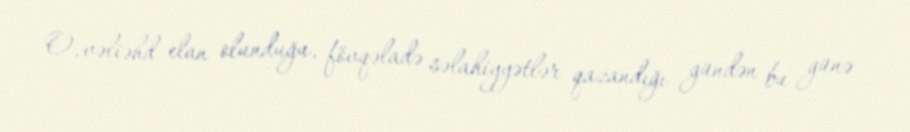
O, vəliəhd elan olunduğu, fövqəladə səlahiyyətlər qazandığı gündən bu günə